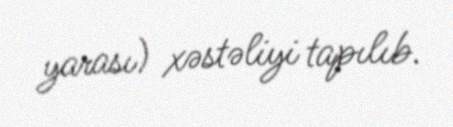
yarası) xəstəliyi tapılıb.